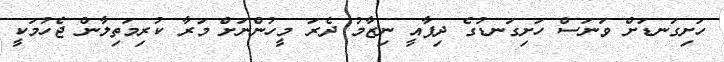
ހަށިގަނޑަށް ވަނަސް ހަށިގަނޑުގެ ދިފާއީ ނިޒާމު ދެރަ މީހުންނަށް މަރާ ކުރިމަތިލާން ޖެހުމަކީ